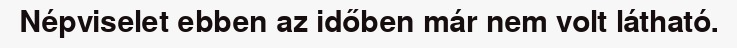
Népviselet ebben az időben már nem volt látható.